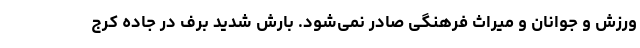
ورزش و جوانان و میراث فرهنگی صادر نمی‌شود. بارش شدید برف در جاده کرج